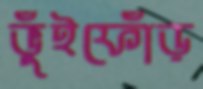
ভুঁইফোঁড়